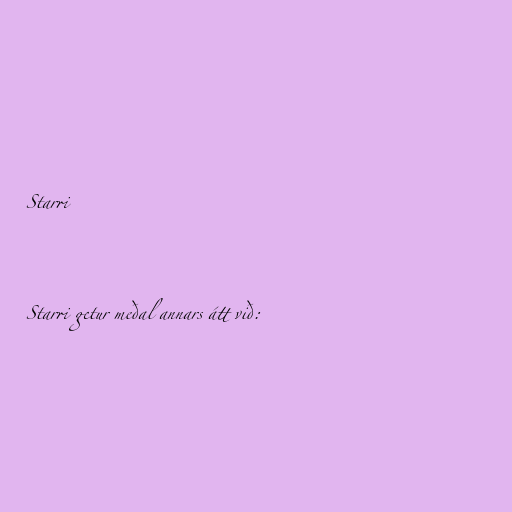
Starri

Starri getur meðal annars átt við: